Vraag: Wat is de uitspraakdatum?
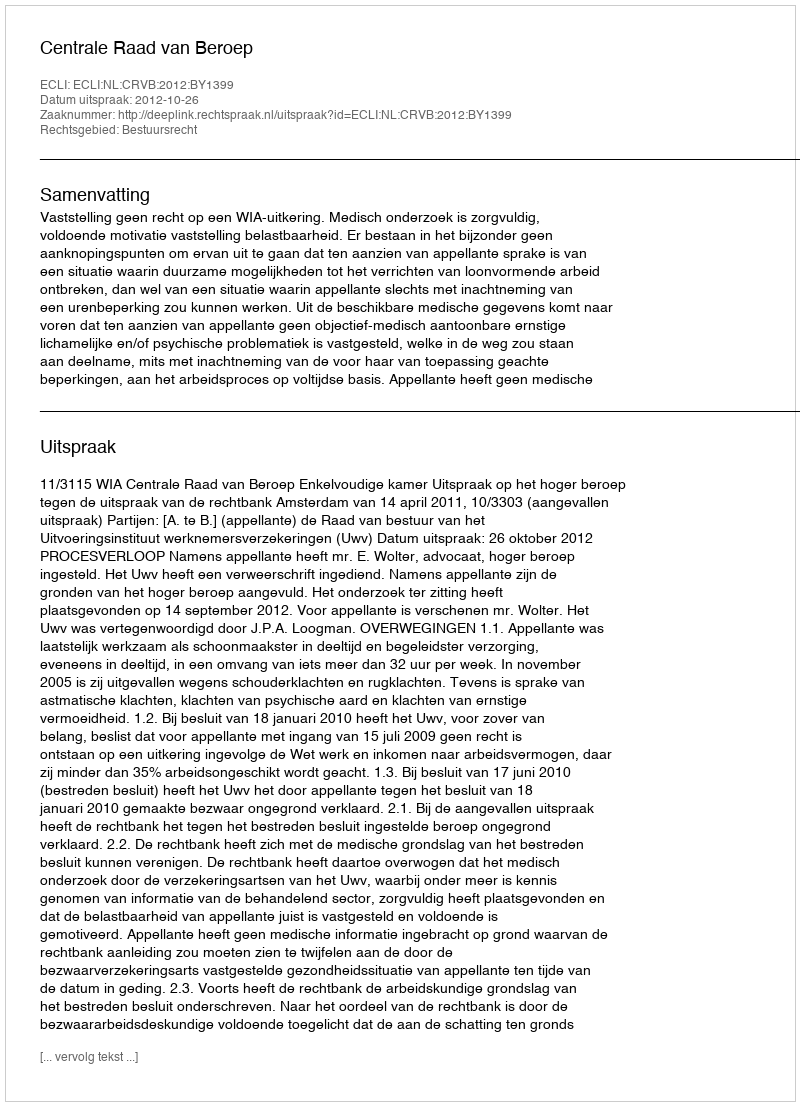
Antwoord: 2012-10-26